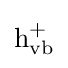
{\mathrm {h} {\vphantom {A}}_{\smash[{t}]{\mathrm {vb} }}^{+}}